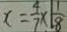
x = \frac { 4 } { 7 } \times \frac { 1 } { 8 }